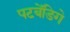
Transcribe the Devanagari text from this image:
पटबेंडिगे